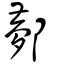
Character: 鄸